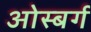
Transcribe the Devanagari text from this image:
ओस्बर्ग